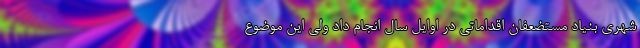
شهری بنیاد مستضعفان اقداماتی در اوایل سال انجام داد ولی این موضوع